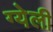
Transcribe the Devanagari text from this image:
ग्येली